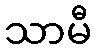
သာမီ